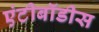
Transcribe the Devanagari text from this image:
एंटीबॉडीस